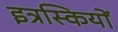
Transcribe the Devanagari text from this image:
इत्रस्कियों